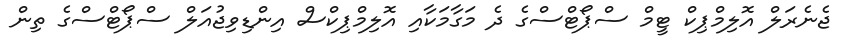
ޖެނެރަލް އޮލިމްޕިކް ޓީމް ސްޕޯޓްސްގެ ދެ މަގާމަކާއި އޮލިމްޕިކްސް އިންޑިވިޖުއަލް ސްޕޯޓްސްގެ ތިން